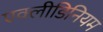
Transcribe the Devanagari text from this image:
एक्लीडिनियम